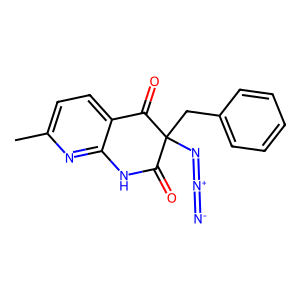
SMILES: Cc1ccc2c(n1)NC(=O)C(Cc1ccccc1)(N=[N+]=[N-])C2=O
Inhibits HIV replication: No